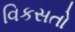
વિકસતો